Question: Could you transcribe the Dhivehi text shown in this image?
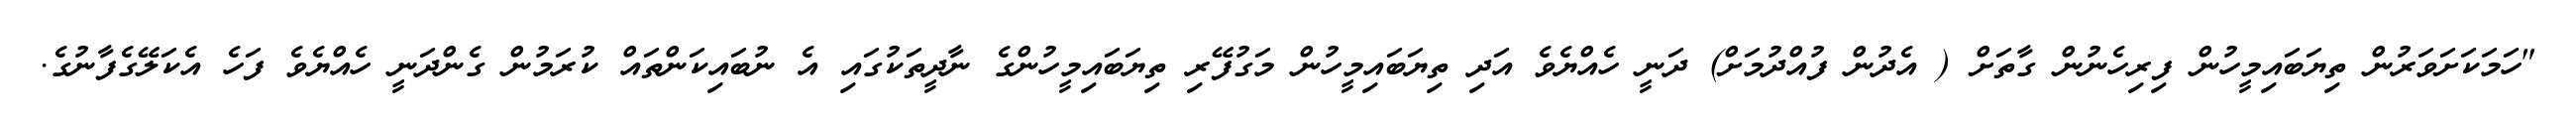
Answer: "ހަމަކަށަވަރުން ތިޔަބައިމީހުން ފިރިހެނުން ގާތަށް ( އެދުން ފުއްދުމަށް) ދަނީ ހެއްޔެވެ އަދި ތިޔަބައިމީހުން މަގުފޭރި ތިޔަބައިމީހުންގެ ނާދީތަކުގައި އެ ނުބައިކަންތައް ކުރަމުން ގެންދަނީ ހެއްޔެވެ ފަހެ އެކަލޭގެފާނުގެ.